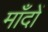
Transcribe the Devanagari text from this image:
माँदों